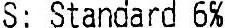
S: STANDARD 6%